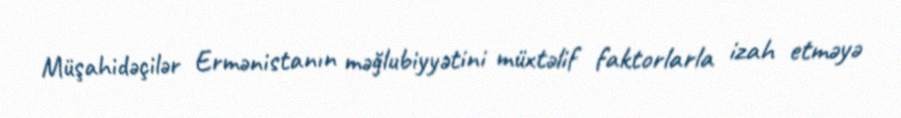
Müşahidəçilər Ermənistanın məğlubiyyətini müxtəlif faktorlarla izah etməyə